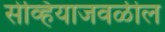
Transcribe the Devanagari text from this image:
सेव्हियाजवळील